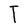
Character: T